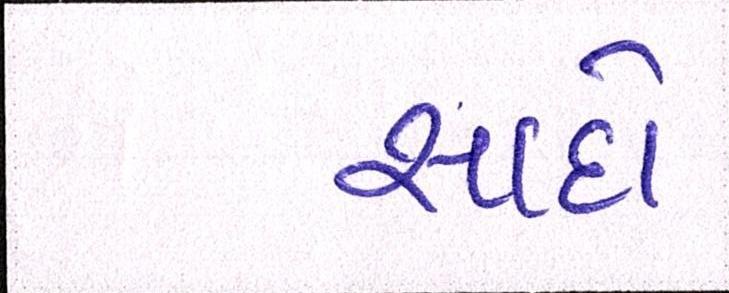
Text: સાદો